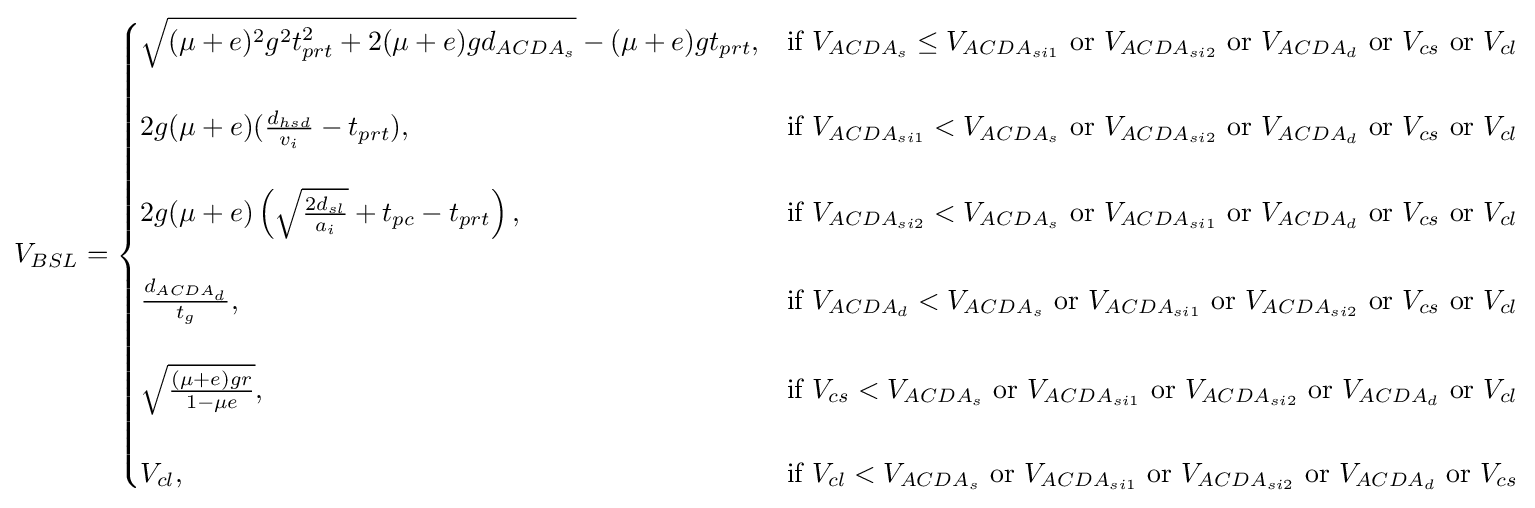
V_{BSL}={\begin{cases}{\sqrt {(\mu +e)^{2}g^{2}t_{prt}^{2}+2(\mu +e)gd_{ACDA_{s}}}}-(\mu +e)gt_{prt},&{\text{if }}V_{ACDA_{s}}\leq V_{ACDA_{si1}}{\text{ or }}V_{ACDA_{si2}}{\text{ or }}V_{ACDA_{d}}{\text{ or }}V_{cs}{\text{ or }}V_{cl}\\\\2g(\mu +e)({\frac {d_{hsd}}{v_{i}}}-t_{prt}),&{\text{if }}V_{ACDA_{si1}}<V_{ACDA_{s}}{\text{ or }}V_{ACDA_{si2}}{\text{ or }}V_{ACDA_{d}}{\text{ or }}V_{cs}{\text{ or }}V_{cl}\\\\2g(\mu +e)\left({\sqrt {\frac {2d_{sl}}{a_{i}}}}+t_{pc}-t_{prt}\right),&{\text{if }}V_{ACDA_{si2}}<V_{ACDA_{s}}{\text{ or }}V_{ACDA_{si1}}{\text{ or }}V_{ACDA_{d}}{\text{ or }}V_{cs}{\text{ or }}V_{cl}\\\\{\frac {d_{ACDA_{d}}}{t_{g}}},&{\text{if }}V_{ACDA_{d}}<V_{ACDA_{s}}{\text{ or }}V_{ACDA_{si1}}{\text{ or }}V_{ACDA_{si2}}{\text{ or }}V_{cs}{\text{ or }}V_{cl}\\\\{\sqrt {\frac {(\mu +e)gr}{1-\mu e}}},&{\text{if }}V_{cs}<V_{ACDA_{s}}{\text{ or }}V_{ACDA_{si1}}{\text{ or }}V_{ACDA_{si2}}{\text{ or }}V_{ACDA_{d}}{\text{ or }}V_{cl}\\\\V_{cl},&{\text{if }}V_{cl}<V_{ACDA_{s}}{\text{ or }}V_{ACDA_{si1}}{\text{ or }}V_{ACDA_{si2}}{\text{ or }}V_{ACDA_{d}}{\text{ or }}V_{cs}\end{cases}}